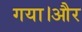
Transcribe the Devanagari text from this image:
गया।और